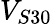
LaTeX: V_{S30}